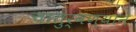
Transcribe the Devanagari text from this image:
चातुर्वण्याने